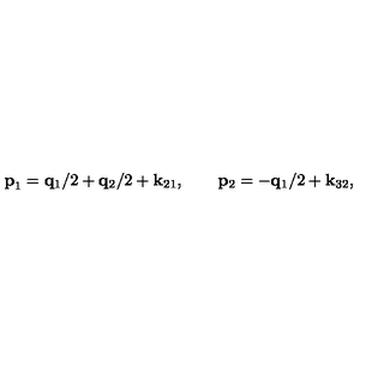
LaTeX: { \bf p } _ { 1 } = { \bf q } _ { 1 } / 2 + { \bf q } _ { 2 } / 2 + { \bf k } _ { 2 1 } , \qquad { \bf p } _ { 2 } = - { \bf q } _ { 1 } / 2 + { \bf k } _ { 3 2 } ,